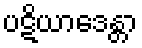
ပဋိယာဒေန္တာ